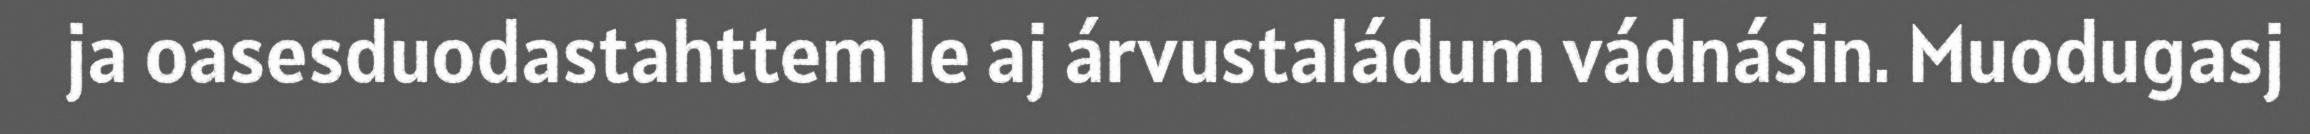
ja oasesduodastahttem le aj árvustaládum vádnásin. Muodugasj